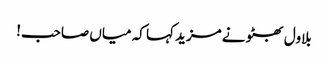
بلاول بھٹو نے مزید کہا کہ میاں صاحب!